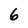
Character: 6